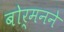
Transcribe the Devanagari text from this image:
बोर्मनने